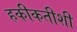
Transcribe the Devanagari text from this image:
हकीकतीशी